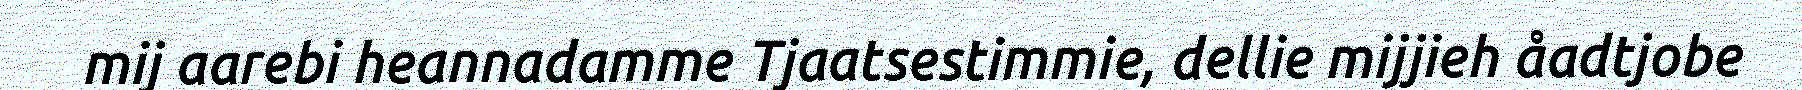
mij aarebi heannadamme Tjaatsestimmie, dellie mijjieh åadtjobe